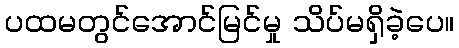
ပထမတွင်အောင်မြင်မှု သိပ်မရှိခဲ့ပေ။